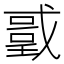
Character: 𭟻